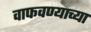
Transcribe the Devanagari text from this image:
वाफवण्याच्या